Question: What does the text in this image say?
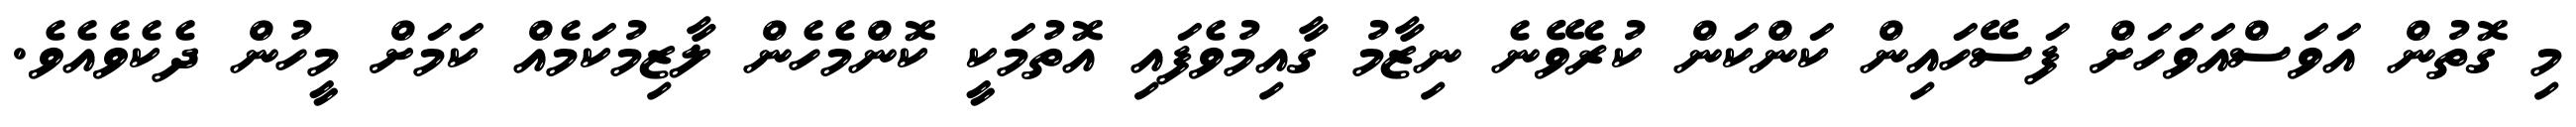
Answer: މި ގޮތުން އަވަސްއަވަހަށް ފަސޭހައިން ކަންކަން ކުރެވޭނެ ނިޒާމު ގާއިމުވެފައި އޮތުމަކީ ކޮންމެހެން ލާޒިމުކަމެއް ކަމަށް މީހުން ދެކެވެއެވެ.